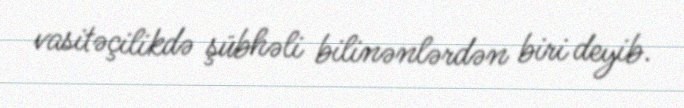
vasitəçilikdə şübhəli bilinənlərdən biri deyib.